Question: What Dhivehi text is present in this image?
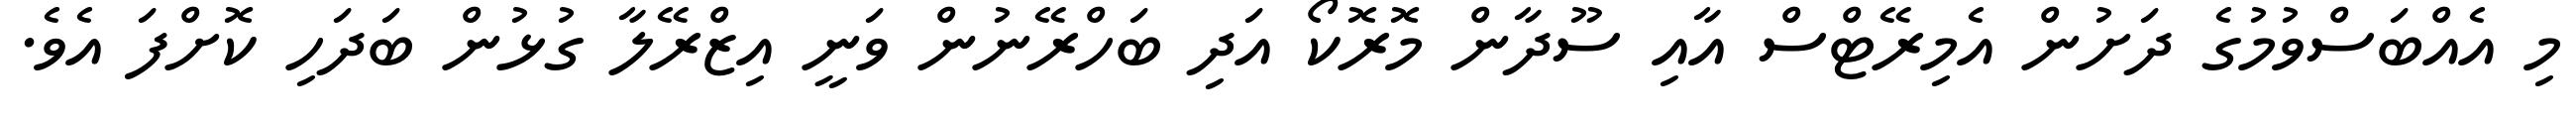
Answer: މި އެއްބަސްވުމުގެ ދަށުން އެމިރޭޓްސް އާއި ސޫދާން މޮރޮކޯ އަދި ބަހްރޭނުން ވަނީ އިޒްރޭލާ ގުޅުން ބަދަހި ކޮށްފަ އެވެ.